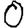
Digit: 0